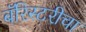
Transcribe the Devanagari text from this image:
बॅरिस्टरीचा